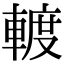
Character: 𨍏